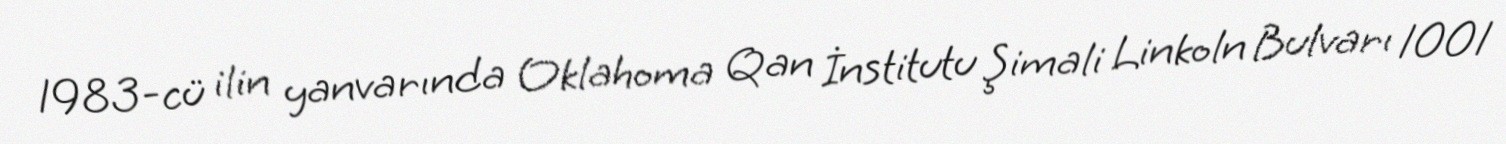
1983-cü ilin yanvarında Oklahoma Qan İnstitutu Şimali Linkoln Bulvarı 1001